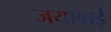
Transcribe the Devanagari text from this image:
जयाबाई